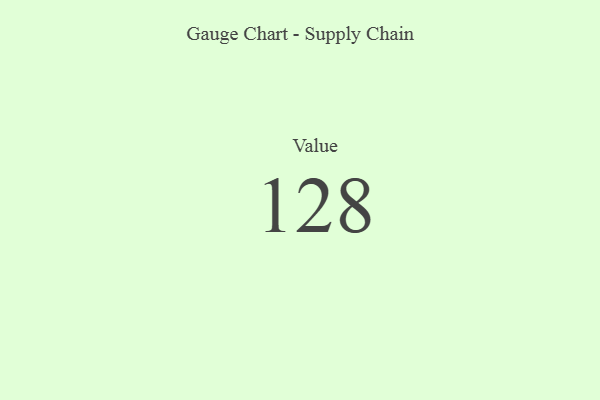
{"axis": {"x": "Metric", "y": "Value"}, "legend": [""], "data": [{"x": "Value", "y": 128, "type": ""}]}